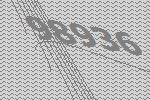
98936